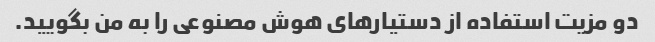
دو مزیت استفاده از دستیارهای هوش مصنوعی را به من بگویید.